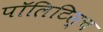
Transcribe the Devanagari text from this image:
पॉलिटिस्च